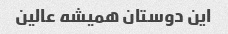
این دوستان همیشه عالین